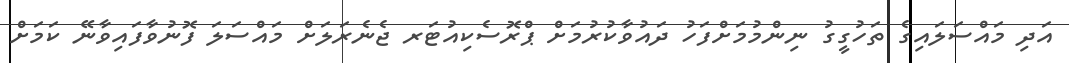
އަދި މައްސަލައިގެ ތަހުގީގު ނިންމުމަށްފަހު ދައުވާކުރުމަށް ޕްރޮސެކިއުޓަރ ޖެނެރަލަށް މައްސަލަ ފޮނުވާފައިވާނޭ ކަމަށް